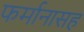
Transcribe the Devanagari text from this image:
फर्मानासह